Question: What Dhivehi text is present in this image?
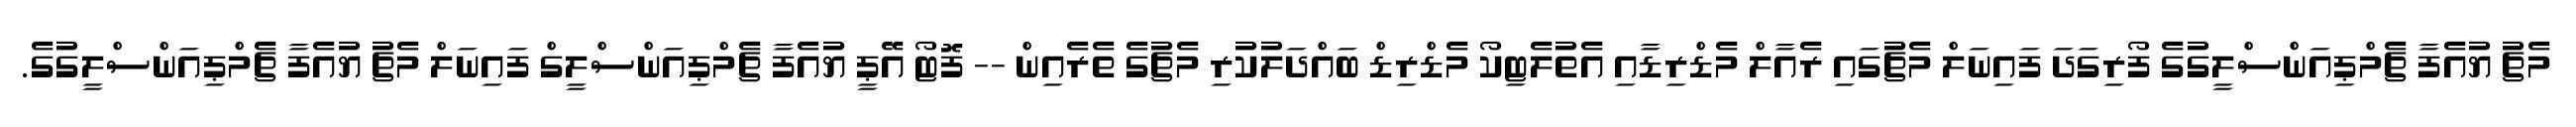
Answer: މެޗު ޔުއެފާ ޗެމްޕިއަންސްލީގުގެ ފޯރިގަދަ ފައިނަލް މެޗުގައި ރެއާލް މެޑްރިޑާއި އެތުލެޓިކޯ މެޑްރިޑް ބައްދަލުކުރި މެޗުގެ ތެރެއިން -- ފޮޓޯ އޭޕީ ޔުއެފާ ޗެމްޕިއަންސްލީގް ފައިނަލް މެޗު ޔުއެފާ ޗެމްޕިއަންސްލީގުގެ.